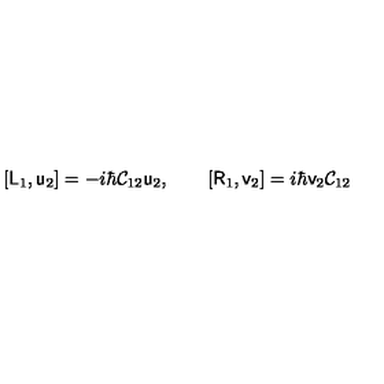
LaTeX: [ \mathsf { L } _ { 1 } , \mathsf { u } _ { 2 } ] = - i \hbar \mathsf { \mathcal { C } } _ { 1 2 } \mathsf { u } _ { 2 } , \qquad [ \mathsf { R } _ { 1 } , \mathsf { v } _ { 2 } ] = i \hbar \mathsf { v } _ { 2 } \mathsf { \mathcal { C } } _ { 1 2 }